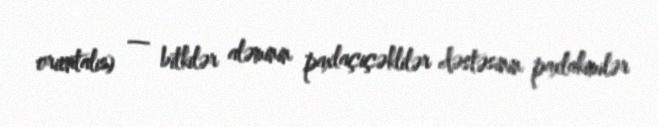
orientalis) — bitkilər aləminin paxlaçiçəklilər dəstəsinin paxlakimilər